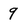
Character: 9